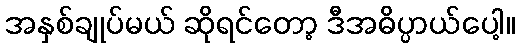
အနှစ်ချုပ်မယ် ဆိုရင်တော့ ဒီအဓိပ္ပာယ်ပေါ့။